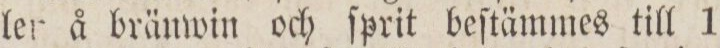
ler å bränwin och ſprit beſtämmes till 1